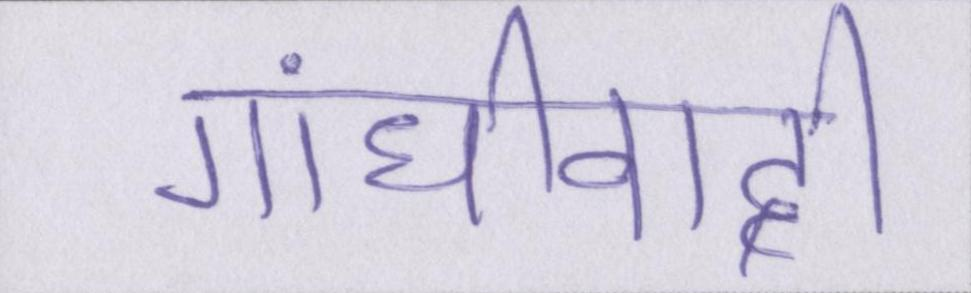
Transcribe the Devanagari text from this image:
गांधीवादी